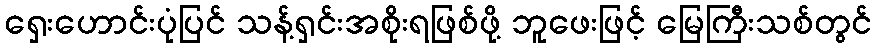
ရှေးဟောင်းပုံပြင် သန့်ရှင်းအစိုးရဖြစ်ဖို့ ဘူဖေးဖြင့် မြေကြီးသစ်တွင်